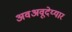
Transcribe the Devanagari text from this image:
अवअवूदेय्यार